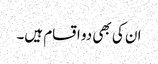
ان کی بھی دو اقسام ہیں۔